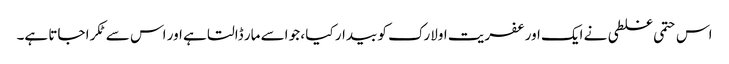
اس حتمی غلطی نے ایک اور عفریت اولارک کو بیدار کیا ، جو اسے مار ڈالتا ہے اور اس سے ٹکرا جاتا ہے۔